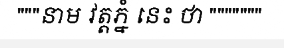
"""នាម វត្តភ្នំ នេះ ថា """""""